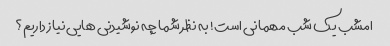
امشب یک شب مهمانی است! به نظر شما چه نوشیدنی هایی نیاز داریم؟